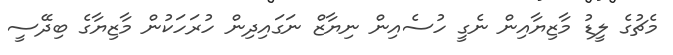
މެޗުގެ ލީޑު މާޒިޔާއިން ނެގީ ހުސެއިން ނިޔާޒް ނަގައިދިން ހުރަހަކުން މާޒިޔާގެ ބިދޭސީ